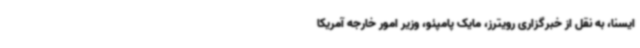
ایسنا، به نقل از خبرگزاری رویترز، مایک پامپئو، وزیر امور خارجه آمریکا